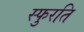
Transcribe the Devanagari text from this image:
स्फुरति